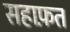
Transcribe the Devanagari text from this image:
सहाफ़त